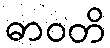
ဓာဝတိ